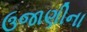
ઉજાણીના